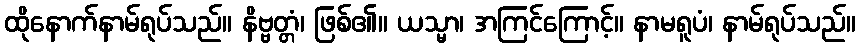
ထိုနောက်နာမ်ရုပ်သည်။ နိဗ္ဗတ္တံ၊ ဖြစ်၏။ ယသ္မာ၊ အကြင်ကြောင့်။ နာမရူပံ၊ နာမ်ရုပ်သည်။